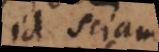
id sciamus)